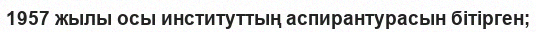
1957 жылы осы институттың аспирантурасын бітірген;